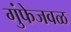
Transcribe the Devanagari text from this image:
गुंफेजवळ